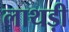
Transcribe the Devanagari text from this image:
लाथड़ी